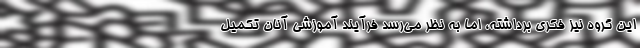
این گروه نیز فکری برداشته، اما به نظر می‌رسد فرآیند آموزشی آنان تکمیل